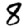
Digit: 8